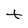
Character: t